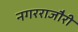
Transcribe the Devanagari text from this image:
नगरराजौरी